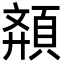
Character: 𩓉